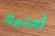
أعتبرك